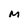
Character: M